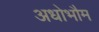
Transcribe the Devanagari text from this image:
अधोभौम